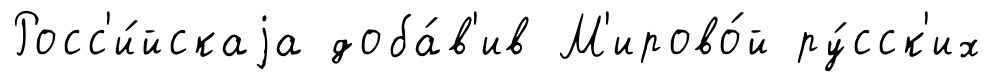
Росс'и́йскаjа доба́в'ив М'ирово́й ру́сск'их